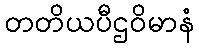
တတိယပီဌဝိမာနံ